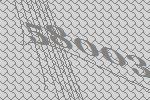
58003